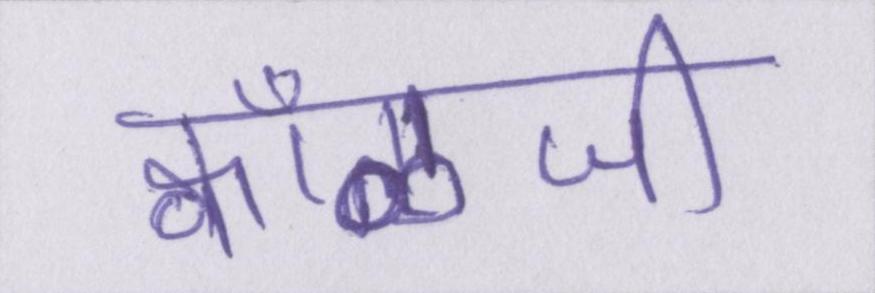
क्वाँळजी